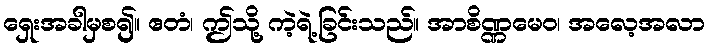
ရှေးအခါမှစ၍။ ဧတံ၊ ဤသို့ ကဲ့ရဲ့ခြင်းသည်။ အာစိဏ္ဏမေဝ၊ အလေ့အလာ